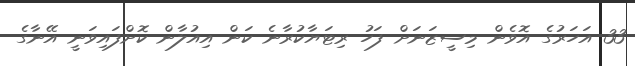
33 އަހަރުގެ އޮވެން މިސީޒަނަށް ފަހު ރިޓަޔާކުރާނެ ކަން އިއުލާން ކޮށްފައިވަނީ އޭނާގެ